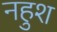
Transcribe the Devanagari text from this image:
नहुश